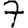
Digit: 7